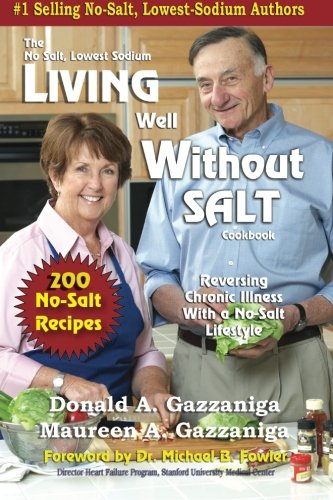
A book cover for Living Well Without Salt: No Salt, Lowest Sodium Cookbook Series; Donald A Gazzaniga; Cookbooks, Food & Wine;